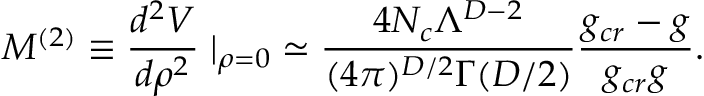
M ^ { ( 2 ) } \equiv \frac { d ^ { 2 } V } { d \rho ^ { 2 } } \left. \right| _ { \rho = 0 } \simeq \frac { 4 N _ { c } \Lambda ^ { D - 2 } } { ( 4 \pi ) ^ { D / 2 } \Gamma ( D / 2 ) } \frac { g _ { c r } - g } { g _ { c r } g } .